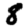
Digit: 8